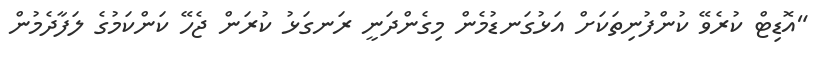
"އޮޑިޓް ކުރެވޭ ކުންފުނިތަކަށް އަޅުގަނޑުމެން މިގެންދަނީ ރަނގަޅު ކުރަން ޖެހޭ ކަންކަމުގެ ލަފާދެމުން